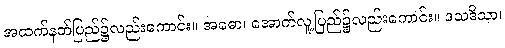
အထက်နတ်ပြည်၌လည်းကောင်း။ အဓော၊ အောက်လူ့ပြည်၌လည်းကောင်း။ ဒသဒိသာ၊